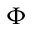
\Phi